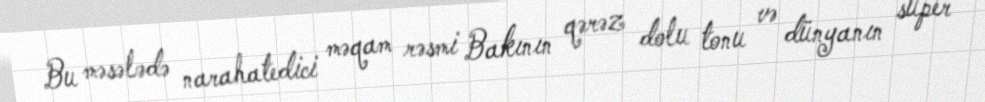
Bu məsələdə narahatedici məqam rəsmi Bakının qərəz dolu tonu və dünyanın super